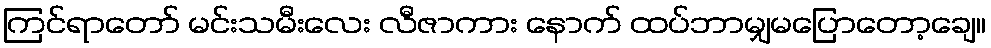
ကြင်ရာတော် မင်းသမီးလေး လီဇာကား နောက် ထပ်ဘာမျှမပြောတော့ချေ။